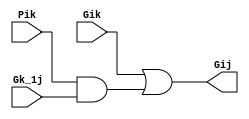
`timescale 1ns / 1ps

module grey_cell(
    Gik, Pik, Gk_1j,  Gij
    );
    input Gik, Gk_1j, Pik;
    output Gij;
    
    assign Gij = Gik | Pik & Gk_1j;
    
endmodule